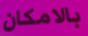
بالامكان